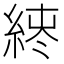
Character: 𫃪